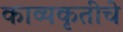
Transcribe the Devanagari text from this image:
काव्यकृतीचे